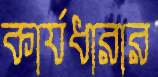
কার্যধারার